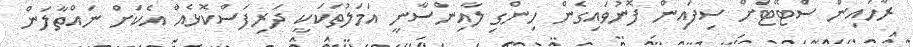
ރާހައިން ސްޓޭޓަށް ސިފައިން ފޮނުވައިގެން ހިންގި ލާއިންސާނީ އަމަލުތަކަކީ ދަރިފަސްކޮޅެއް އެކަށް ނައްތާލަން